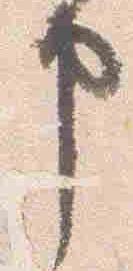
申